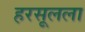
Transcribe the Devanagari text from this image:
हरसूलला